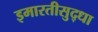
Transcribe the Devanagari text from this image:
इमारतीसुद्धा